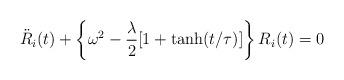
LaTeX: \begin{align*}\ddot{R}_i(t)+\left\{\omega^2-\frac{\lambda}{2}[1+\tanh(t/\tau)]\right\}R_i(t)=0\end{align*}